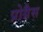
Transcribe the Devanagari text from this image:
प्रोग्रैस